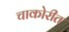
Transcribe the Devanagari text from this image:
चाकोरीत